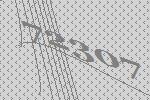
72307